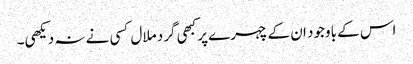
اس کے باوجود ان کے چہرے پر کبھی گرد ملال کسی نے نہ دیکھی۔